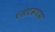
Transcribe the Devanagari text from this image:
एसएसएस